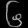
Digit: ၆